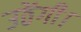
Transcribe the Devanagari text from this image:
उठेंगी।